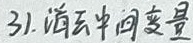
3.1. 消去中间变量